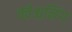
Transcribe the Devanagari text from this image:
क्वेश्चनिंग